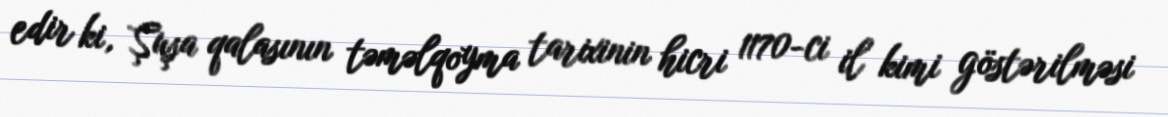
edir ki, Şuşa qalasının təməlqoyma tarixinin hicri 1170-ci il kimi göstərilməsi